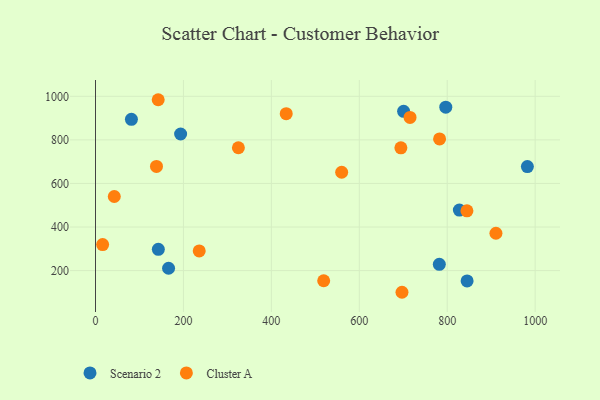
{"axis": {"x": "Ad Spend", "y": "Salary"}, "legend": ["Cluster A", "Scenario 2"], "data": [{"x": "142.9", "y": 297.5, "type": "Scenario 2"}, {"x": "81.7", "y": 894.3, "type": "Scenario 2"}, {"x": "845.2", "y": 152.6, "type": "Scenario 2"}, {"x": "700.8", "y": 931.0, "type": "Scenario 2"}, {"x": "827.6", "y": 477.7, "type": "Scenario 2"}, {"x": "796.7", "y": 950.1, "type": "Scenario 2"}, {"x": "982.3", "y": 677.4, "type": "Scenario 2"}, {"x": "782.0", "y": 228.6, "type": "Scenario 2"}, {"x": "166.2", "y": 210.7, "type": "Scenario 2"}, {"x": "193.6", "y": 827.0, "type": "Scenario 2"}, {"x": "235.9", "y": 290.4, "type": "Cluster A"}, {"x": "16.2", "y": 319.3, "type": "Cluster A"}, {"x": "519.0", "y": 153.3, "type": "Cluster A"}, {"x": "433.8", "y": 920.4, "type": "Cluster A"}, {"x": "325.0", "y": 763.9, "type": "Cluster A"}, {"x": "697.1", "y": 100.5, "type": "Cluster A"}, {"x": "844.8", "y": 474.4, "type": "Cluster A"}, {"x": "910.8", "y": 371.4, "type": "Cluster A"}, {"x": "782.6", "y": 804.6, "type": "Cluster A"}, {"x": "138.7", "y": 678.2, "type": "Cluster A"}, {"x": "559.9", "y": 651.3, "type": "Cluster A"}, {"x": "694.6", "y": 763.3, "type": "Cluster A"}, {"x": "142.6", "y": 984.3, "type": "Cluster A"}, {"x": "42.7", "y": 540.0, "type": "Cluster A"}, {"x": "715.4", "y": 903.0, "type": "Cluster A"}]}